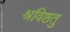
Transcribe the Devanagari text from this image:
श्रविष्ठतु